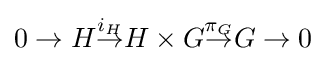
0\rightarrow H{\stackrel {i_{H}}{\rightarrow }}H\times G{\stackrel {\pi _{G}}{\rightarrow }}G\rightarrow 0